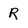
Character: R